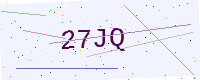
Text: 27JQ